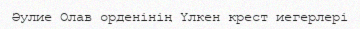
Әулие Олав орденінің Үлкен крест иегерлері